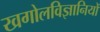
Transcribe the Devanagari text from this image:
खगोलविज्ञानियों